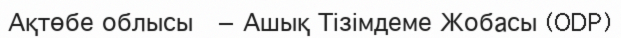
Ақтөбе облысы  — Ашық Тізімдеме Жобасы (ODP)